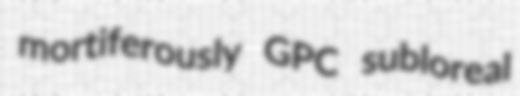
mortiferously GPC subloreal